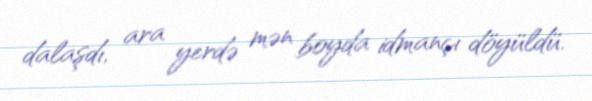
dalaşdı, ara yerdə mən boyda idmançı döyüldü.